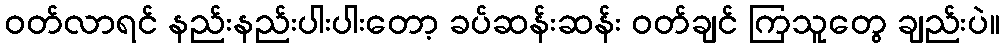
ဝတ်လာရင် နည်းနည်းပါးပါးတော့ ခပ်ဆန်းဆန်း ဝတ်ချင် ကြသူတွေ ချည်းပဲ။